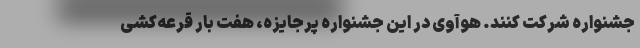
جشنواره شرکت کنند. هوآوی در این جشنواره پرجایزه، هفت بار قرعه‌کشی